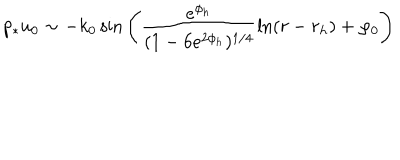
p _ { * } u _ { 0 } \sim - k _ { 0 } \, \mathrm { s i n } \left( \frac { e ^ { \phi _ { h } } } { ( 1 - 6 e ^ { 2 \phi _ { h } } ) ^ { 1 / 4 } } \ln ( r - r _ { h } ) + \varphi _ { 0 } \right)